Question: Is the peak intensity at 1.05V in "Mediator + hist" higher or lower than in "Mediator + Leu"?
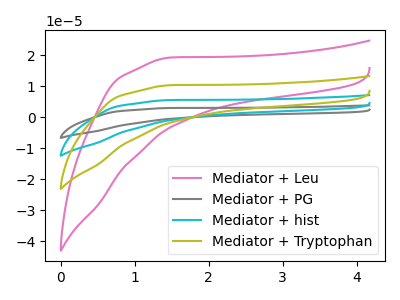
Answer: <think>The pink curve "Mediator + Leu" has no peaks. The gray curve "Mediator + PG" has no peaks. The cyan curve "Mediator + hist" has no peaks. The olive curve "Mediator + Tryptophan" has no peaks.</think>
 <answer>"Mediator + hist" and "Mediator + Leu" dont share a peak at 1.05V.</answer>
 <eval>mismatch</eval>